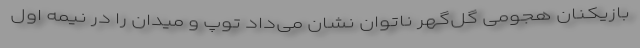
بازیکنان هجومی گل‌گهر ناتوان نشان می‌داد توپ و میدان را در نیمه اول